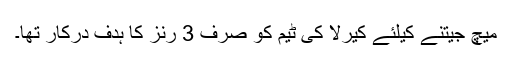
ميچ جيتنے کیلئے کيرلا کی ٹيم کو صرف 3 رنز کا ہدف درکار تھا۔